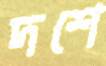
দশে